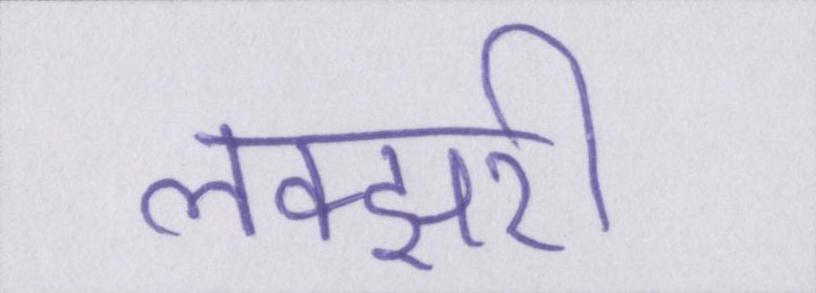
लक्झरी